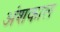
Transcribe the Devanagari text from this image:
अंशकाल